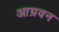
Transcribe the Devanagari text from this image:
आग्रवन